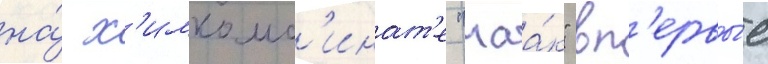
на́ х'имкомб'инат'е "маа́к" вп'ервы́е